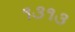
૧૩૧૩